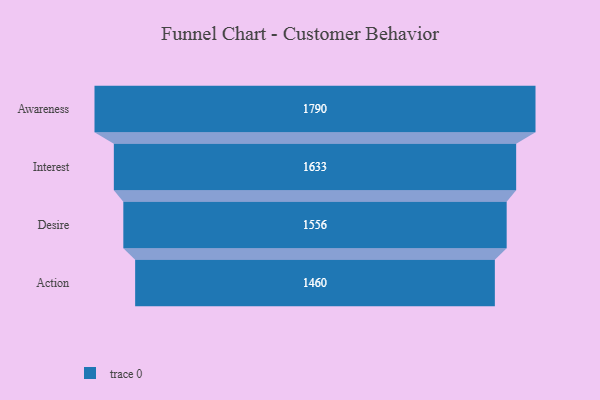
{"axis": {"x": "Stage", "y": "Value"}, "legend": [""], "data": [{"x": "Awareness", "y": 1790.0, "type": ""}, {"x": "Interest", "y": 1633.0, "type": ""}, {"x": "Desire", "y": 1556.0, "type": ""}, {"x": "Action", "y": 1460.0, "type": ""}]}